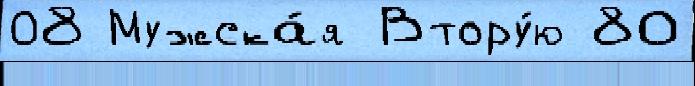
08 Мужска́я Втору́ю 80